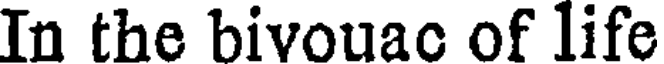
In the bivouac of life